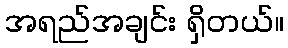
အရည်အချင်း ရှိတယ်။